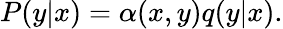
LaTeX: \begin{array}{r}{P(y|x)=\alpha(x,y)q(y|x).}\end{array}